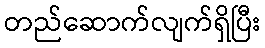
တည်ဆောက်လျက်ရှိပြီး